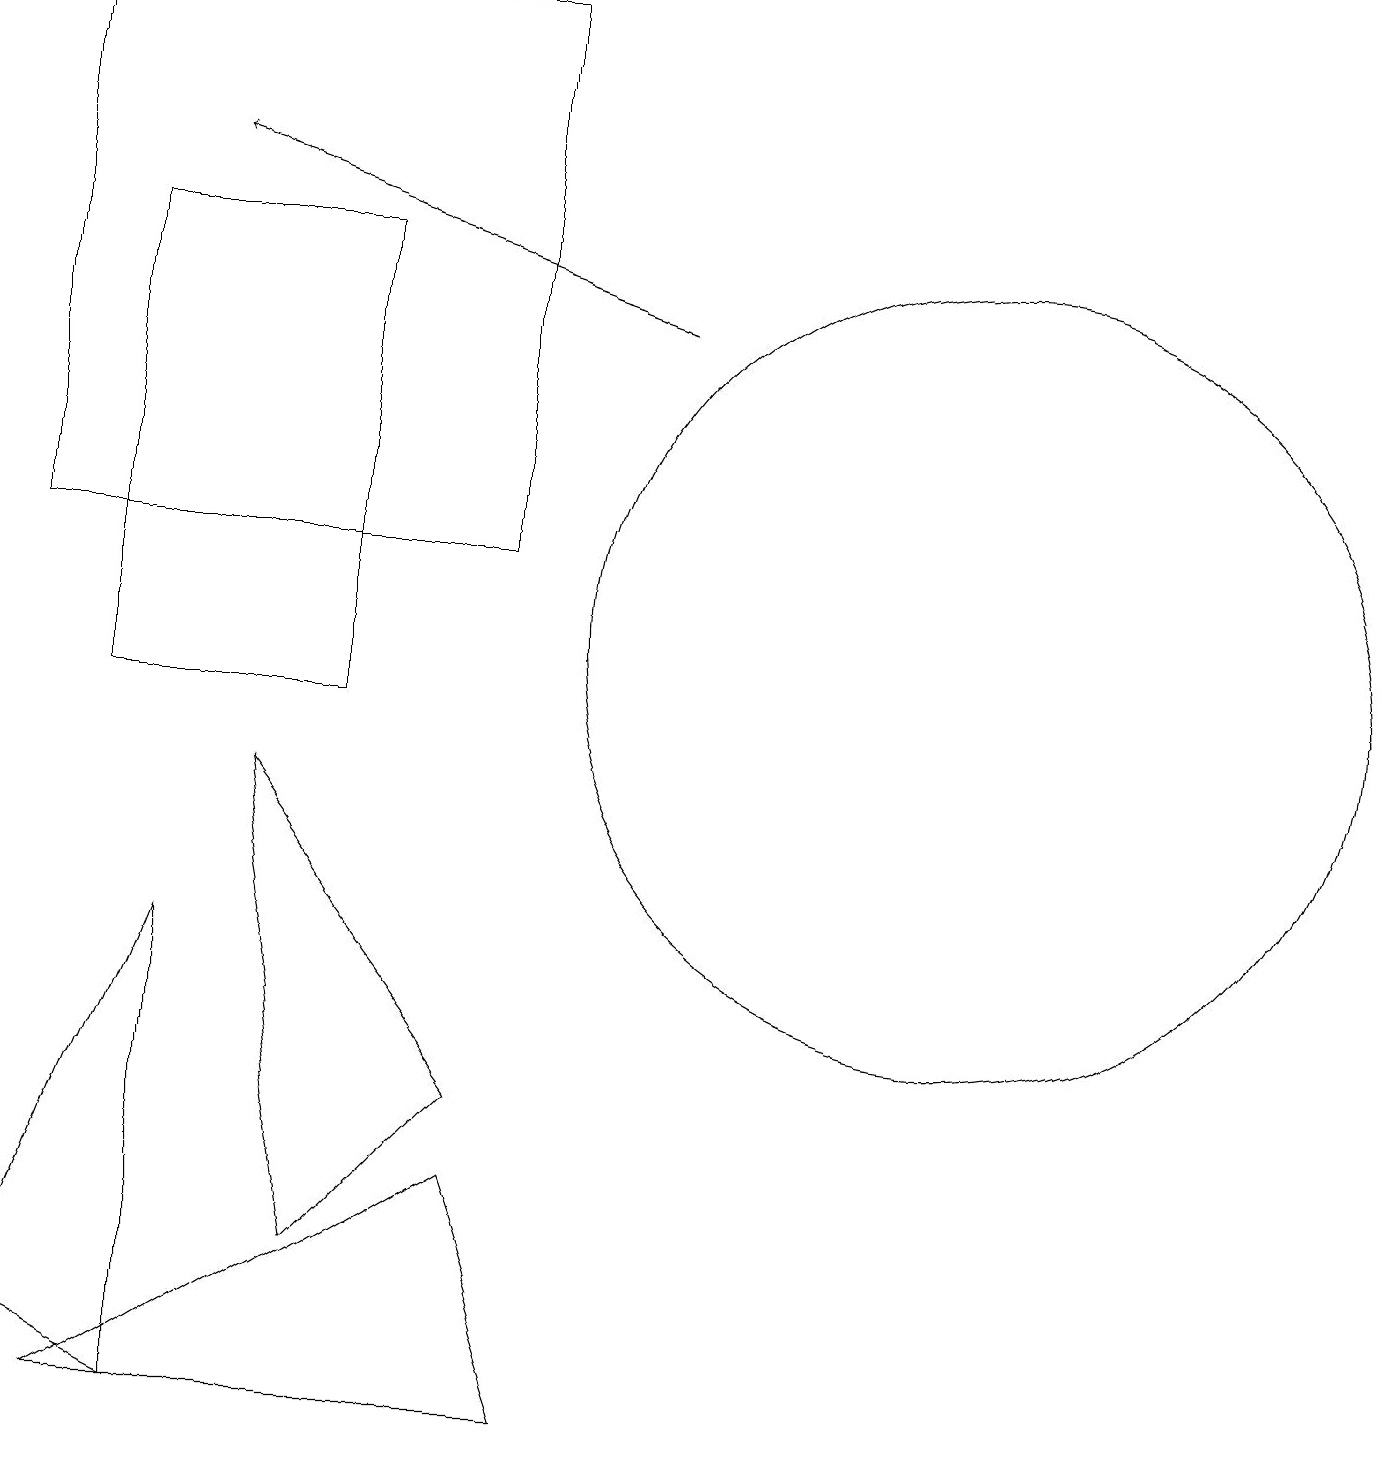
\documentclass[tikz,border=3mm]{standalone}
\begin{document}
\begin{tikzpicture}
\draw (2,1) -- (0,2) -- (2,7) -- cycle;
\draw (4,16) rectangle (1,10);
\draw (3,9) -- (6,5) -- (4,3) -- cycle;
\draw[->] (8,15) -- (2,17);
\draw (1,1) -- (6,4) -- (7,1) -- cycle;
\draw (12,11) circle (5);
\draw (11,10) circle (0);
\draw (6,12) rectangle (0,19);
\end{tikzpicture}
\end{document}